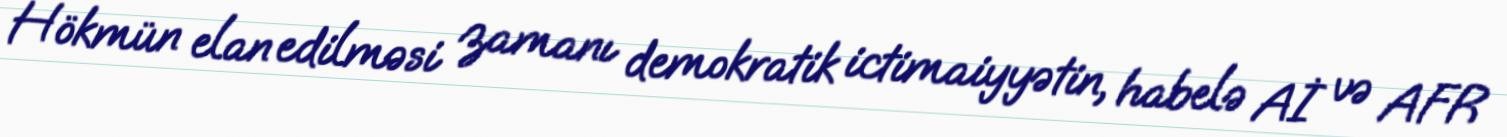
Hökmün elan edilməsi zamanı demokratik ictimaiyyətin, habelə Aİ və AFR